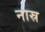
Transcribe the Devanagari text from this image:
नास्र